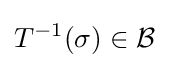
T^{-1}(\sigma )\in {\mathcal {B}}